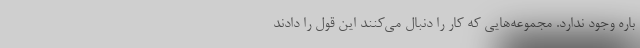
باره وجود ندارد. مجموعه‌هایی که کار را دنبال می‌کنند این قول را دادند